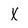
Character: X